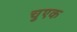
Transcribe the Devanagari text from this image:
चुएक